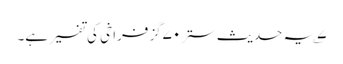
۷؎ یہ حدیث ستر۷۰گز فراخی کی تفسیر ہے۔